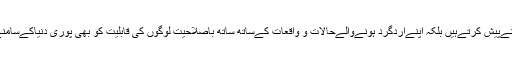
app کے ذریعے ہم نہ صرف اپنی سوچ وافکار کو پوری دنیاکےسامنےپیش کرتےہیں بلکہ اپنےاردگرد ہونےوالےحالات و واقعات کےساتھ ساتھ باصلاحیت لوگوں کی قابلیت کو بھی پوری دنیاکےسامنے لاسکتےہیں جن کوکوئی بہترین پلیٹ فارم مہیانہ ہواہو ۔